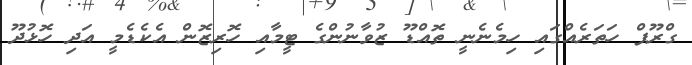
ގްރޫޕް ހަތަރެއްގައި ހިމެނެނީ ތޮއްޑޫ ޒުވާނުންގެ ޓީމާއި ހޮރިޒޮން އެކެޑެމީ އަދި ހޮޅުދޫ